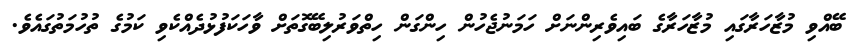
ބޭއްވި މުޒާހަރާގައި މުޒާހަރާގެ ބައިވެރިންނަށް ހަމަނުޖެހުން ހިންގަން ހިތްވަރުލިބޭގޮތަށް ވާހަކަފުޅުދެއްކެވި ކަމުގެ ތުހުމަތުގައެވެ.